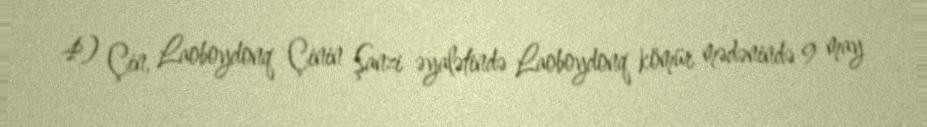
4) Çin, Laoboydonq Çinin Şanzi əyalətində Laoboydonq kömür mədənində 9 may